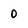
Character: 0